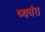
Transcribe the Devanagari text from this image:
व्यवंत